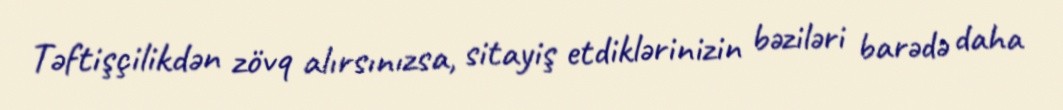
Təftişçilikdən zövq alırsınızsa, sitayiş etdiklərinizin bəziləri barədə daha